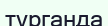
түрганда